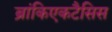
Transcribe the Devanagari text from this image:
ब्रांकिएकटैसिस